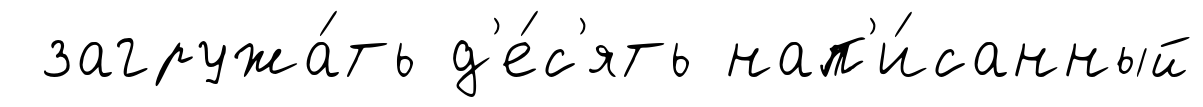
загружа́ть д'е́с'ять нап'и́санный